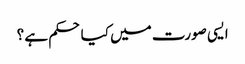
ایسی صورت میں کیا حکم ہے ؟